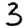
Digit: 3